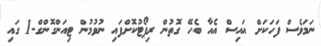
ނަމަވެސް ފަހަކަށް އައިސް އެއާ ބެހޭ ގޮތުން ރިޕޯޓުކޮށްފައި ނުވުމުން ޓިއަންގޮންގް-1 ގައި